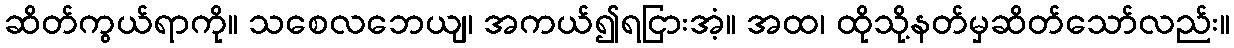
ဆိတ်ကွယ်ရာကို။ သစေလဘေယျ၊ အကယ်၍ရငြားအံ့။ အထ၊ ထိုသို့နတ်မှဆိတ်သော်လည်း။